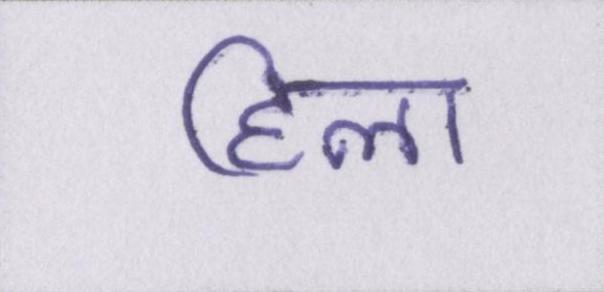
हिला